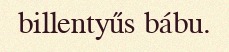
billentyűs bábu.